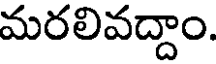
మరలివద్దాం.